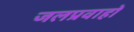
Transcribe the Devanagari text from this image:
जलप्रवाहों